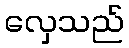
လှေသည်